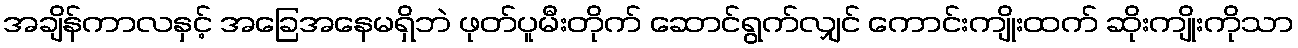
အချိန်ကာလနှင့် အခြေအနေမရှိဘဲ ဖုတ်ပူမီးတိုက် ဆောင်ရွက်လျှင် ကောင်းကျိုးထက် ဆိုးကျိုးကိုသာ